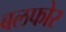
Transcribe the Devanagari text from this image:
बलफोर